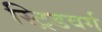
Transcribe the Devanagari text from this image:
स्ट्रिडवर्ग